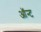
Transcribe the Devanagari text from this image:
ऑन्ट